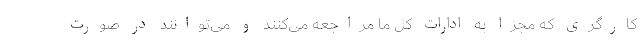
کارگری که مجزا به ادارات کل ما مراجعه می‌کنند و می‌توانند در صورت